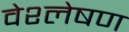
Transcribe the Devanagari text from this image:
वेश्लेषण